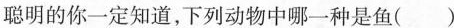
聪明的你一定知道，下列动物中哪一种是鱼( )